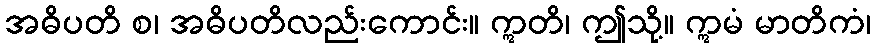
အဓိပတိ စ၊ အဓိပတိလည်းကောင်း။ ဣတိ၊ ဤသို့။ ဣမံ မာတိကံ၊